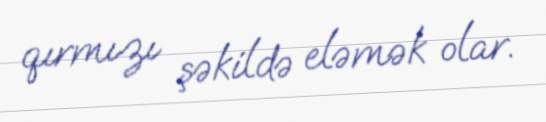
qırmızı şəkildə eləmək olar.